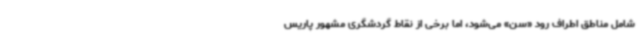
شامل مناطق اطراف رود «سن» می‌شود، اما برخی از نقاط گردشگری مشهور پاریس